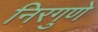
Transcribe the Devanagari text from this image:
निरगुणे